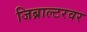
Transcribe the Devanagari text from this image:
जिब्राल्टरवर